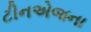
ટીનએજના